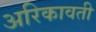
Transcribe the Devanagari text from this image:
अरिकावती